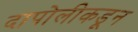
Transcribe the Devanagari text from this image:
दापोलीकडून